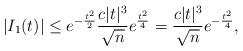
LaTeX: \begin{align*}|I_1(t)| \leq e^{- \frac{t^2}{2}} \frac{c|t|^3}{\sqrt{n}} e^{\frac{t^2}{4}} = \frac{c|t|^3}{\sqrt{n}} e^{-\frac{t^2}{4}}, \end{align*}